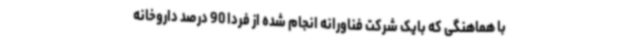
با هماهنگی که بایک شرکت فناورانه انجام شده از فردا 90 درصد داروخانه